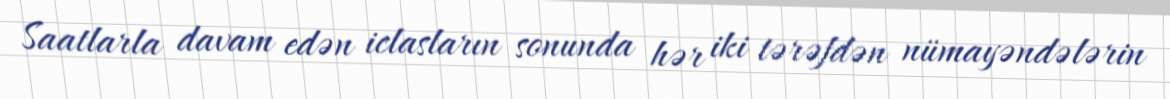
Saatlarla davam edən iclasların sonunda hər iki tərəfdən nümayəndələrin